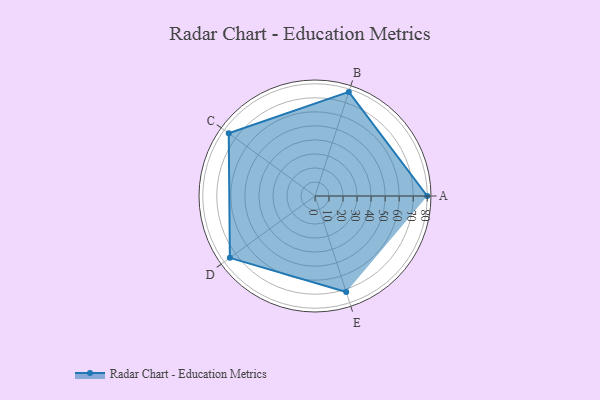
{"axis": {"x": "Skill", "y": "Score"}, "legend": ["Profile"], "data": [{"x": "A", "y": 80.0, "type": "Profile"}, {"x": "B", "y": 78.0, "type": "Profile"}, {"x": "C", "y": 76.0, "type": "Profile"}, {"x": "D", "y": 75.0, "type": "Profile"}, {"x": "E", "y": 72.0, "type": "Profile"}]}